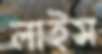
লাইস